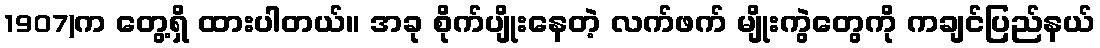
1907)က တွေ့ရှိ ထားပါတယ်။ အခု စိုက်ပျိုးနေတဲ့ လက်ဖက် မျိုးကွဲတွေကို ကချင်ပြည်နယ်